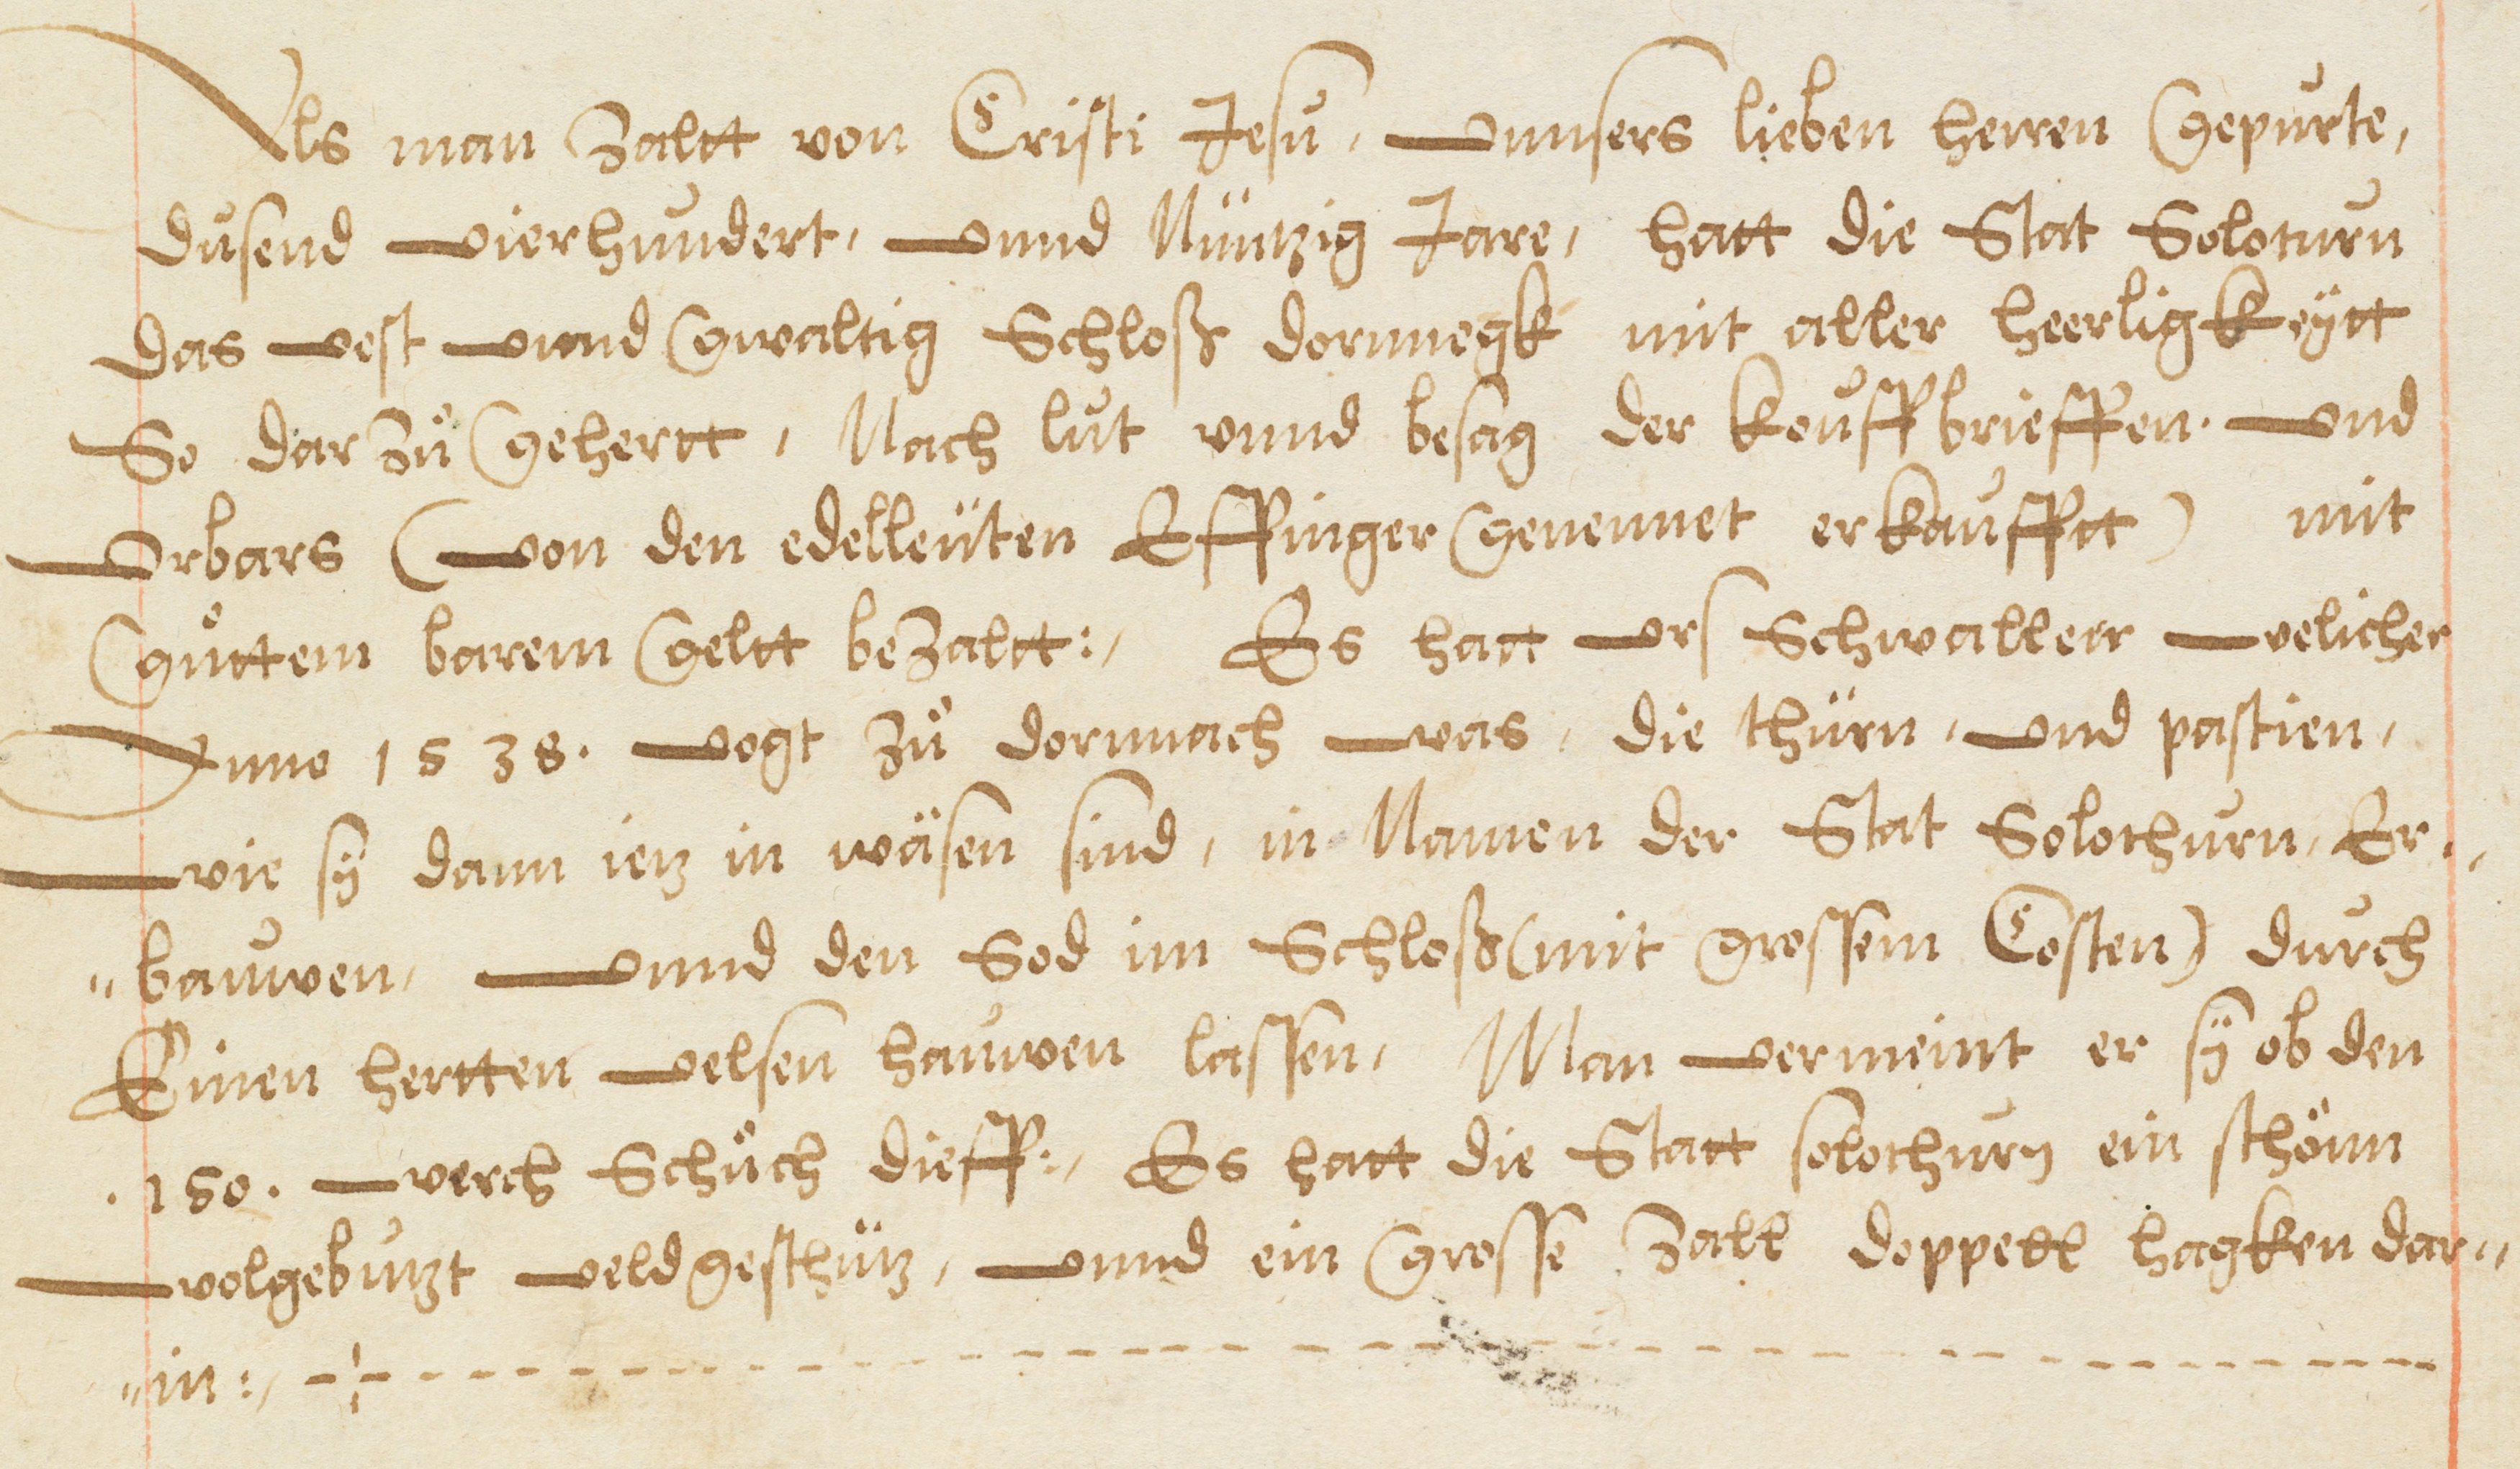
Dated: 1578–1580